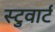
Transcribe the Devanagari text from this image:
स्टुवार्ट